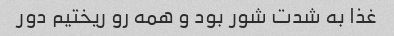
غذا به شدت شور بود و همه رو ریختیم دور